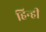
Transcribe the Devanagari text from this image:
हिन्ही